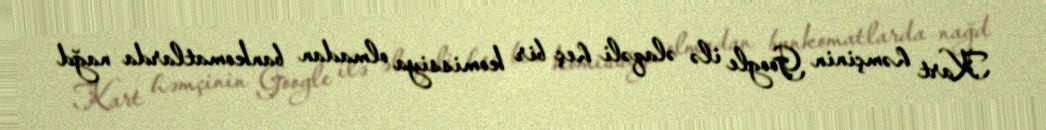
Kart həmçinin Google ilə əlaqəli heç bir komissiya olmadan bankomatlarda nağd